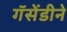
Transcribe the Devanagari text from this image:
गॅसेंडीने